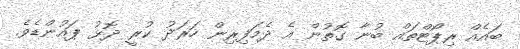
ބައެއް ރިޕޯޓްތައް ބުނާ ގޮތުން އެ ދެމަފިރިން ހަރަދު ކުރީ ދޮޅު ޕައުންޑެވެ.